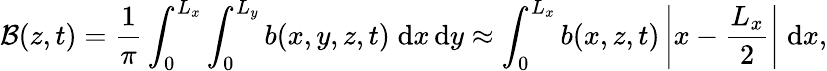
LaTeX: \mathcal{B}(z,t)=\frac{1}{\pi}\int_{0}^{L_{x}}\int_{0}^{L_{y}}b(x,y,z,t)\; \textnormal{d}x\, \textnormal{d}y\approx\int_{0}^{L_{x}}b(x,z,t)\left|x-\frac{L_{x}}{2}\right|\; \textnormal{d}x,